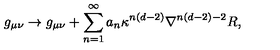
g _ { \mu \nu } \rightarrow g _ { \mu \nu } + \sum _ { n = 1 } ^ { \infty } a _ { n } \kappa ^ { n ( d - 2 ) } \nabla ^ { n ( d - 2 ) - 2 } R ,